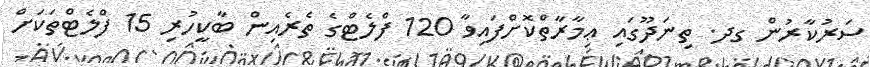
ސަރުކާރުން ގދ. ތިނަދޫގައި ޢިމާރާތްކޮށްފައިވާ 120 ފްލެޓްގެ ތެރެއިން ބާކީހުރި 15 ފްލެޓްތަކަށް